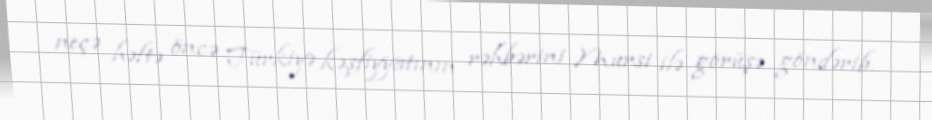
neçə həftə öncə Türkiyə kəşfiyyatının rəhbərini Mursi ilə görüşə göndərib.